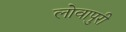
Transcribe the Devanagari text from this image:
लोवापुरी